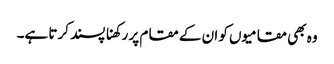
وہ بھی مقامیوں کو ان کے مقام پر رکھنا پسند کرتا ہے۔